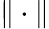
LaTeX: \Vert\cdot\Vert